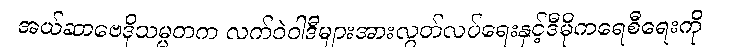
အယ်ဆာဗေဒိုသမ္မတက လက်ဝဲဝါဒီများအားလွတ်လပ်ရေးနှင့်ဒီမိုကရေစီရေးကို